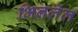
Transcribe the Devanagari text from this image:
भिनलेल